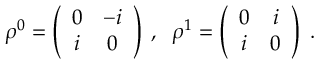
\rho ^ { 0 } = \left( \begin{array} { c c } { { 0 } } & { { - i } } \\ { { i } } & { { 0 } } \end{array} \right) \; , \; \; \rho ^ { 1 } = \left( \begin{array} { c c } { { 0 } } & { { i } } \\ { { i } } & { { 0 } } \end{array} \right) \; .